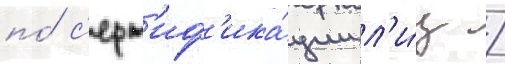
по́ с'ерт'иф'ика́ции л'и́ц /